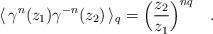
LaTeX: \begin{align*} \langle\,\gamma^n(z_1)\gamma^{-n}(z_2)\,\rangle_q = \Big(\frac{z_2}{z_1}\Big)^{nq} \quad.\end{align*}